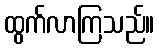
ထွက်လာကြသည်။